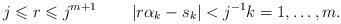
LaTeX: \begin{align*}j\leqslant r\leqslant j^{m+1}\quad\quad\left\vert r\alpha_{k}-s_{k}\right\vert <j^{-1}k=1,\ldots,m.\end{align*}